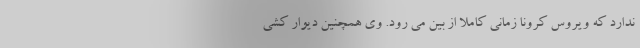
ندارد که ویروس کرونا زمانی کاملا از بین می رود. وی همچنین دیوار کشی